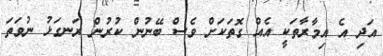
އަދި އެ އިމާރާތަކީ އެއް ގޮތަކަށް ވެސް ބޭނުން ކުރުން ރަނގަޅު ނުވަތަ